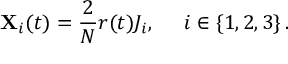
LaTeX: { \bf X } _ { i } ( t ) = { \frac { 2 } { N } } r ( t ) J _ { i } , \; \; \; \; \; i \in \{ 1 , 2 , 3 \} \, .